Medical and sanitary report of the native army of Bengal for the year
Year: 1875
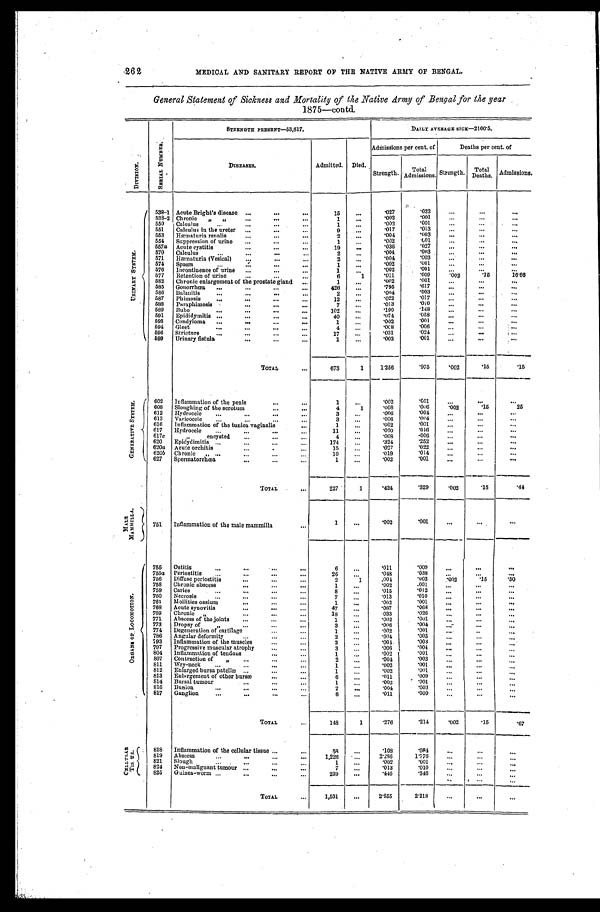
262
MEDICAL AND SANITARY REPORT OF THE NATIVE ARMY OF BENGAL.
General Statement of Sickness and Mortality of the Native Army of Bengal for the year
1875—contd.
D I V I S I O N .
SERIAL NUMBER.
STRENGTH PRESENT—53,617.
DAILY AVERAGE SICK—2160.5.
DISEASES.
Admitted. Died.
Admissions per cent. of
Deaths per cent. of
Strength.
Total
Admissions. Strength. Total
Deaths. Admissions.
U R I N A R Y S Y S T E M .
538-1 Acute Bright.s disease
...
. . .
...
15
...
.027
. 0 2 2...
...
...
538-2 Chronic „ „
. . .
. . . ...
1
. . .
.002
. 0 0 1
...
...
...
550 Calculus
...
...
. . . . . .
1
...
.002
.001
...
...
. . .
551 Calculus in the ureter
...
. . . ...
9
...
.017
. 0 1 3 . . .
...
. . .
553 Hæmaturia renalis
...
. . . . . .
2
...
.004
. 0 0 3 . . .
. . .
. . .
554 Suppression of urine
...
. . . . . .
1
...
.002
. 0 0 1 ...
...
...
557a Acute cystitis
...
. . . . . .
19
. . .
.036
. 0 2 7 . . .
. . .
. . .
570 Calculus
...
...
...
...
2
... .004
. 0 0 3 ...
...
...
571 Hæmaturia (Vesical)
...
. . .
...
2
...
.004
. 003
...
...
. . .
574 Spasm
...
. . .
. . .
...
1
...
.002
. 0 0 1 . . .
...
...
576 Incontinence of Urine ...
. . .
. . .
1
...
.002
.001
...
...
...
577 Retention of urine
...
. . .
. . .
6
1
.011
. 0 0 9 . 0 0 2
. 1 5 16.66
582 Chronic enlargement of the prostate gland ...
1
...
.002
. 0 0 1 . . .
. . .
. . .
585 Gonorrhœa ...
...
. . .
...
426
...
.795
. 6 1 7 . . .
...
...
586 Balanitis
...
...
. . .
. . .
2
...
.004
. 0 0 3 ...
...
...
587 Phimosis
...
... . . .
...
12
...
.022
. 0 1 7 ...
...
. . .
588 Paraphimosis ...
...
. . .
. . .
7
...
.013
. 0 1 0 ...
...
...
589 Bubo
...
...
. . .
. . .
102
. . .
.190
. 1 4 8 ...
...
...
591 Epididymitis ...
...
. . .
...
40
. . .
.074
.058
. . .
. . .
...
593 Condyloma ...
...
. . .
...
1
. . .
.002
. 0 0 1 . . .
...
...
594 Gleet
...
. . . . . .
. . .
4
...
. 0 0 8
. 0 0 6 ...
...
...
596 Stricture
...
...
. . .
...
17
. . .
.031
. 0 2 4 . . .
...
...
599 Urinary fistula
...
. . .
. . .
1
...
.002
. 0 0 1 . . .
...
. . .
TOTAL
...
673
1
1.256 .975
. 0 0 2
. 1 5
. 1 5
G E N E R A T I V E S Y S T E M .
602 Inflammation of the penis
. . .
...
1
...
.002
.001
... ...
. . .
608 Sloughing of the scrotum
. . .
. . .
4
1
.008
. 0 0 6 . 0 0 2
. 1 5 .25
612 Hydrocele
...
...
...
...
3
...
.006
. 0 0 4...
...
. . .
613 Varicocele
...
...
. . .
...
3
...
.006
. 0 0 4 ...
...
...
616 Inflammation of the tunica vaginalis
. . .
1
...
.002
. 0 0 1 . . .
...
. . .
617 Hydrocele
...
...
. . .
. . .
11
...
.020
. 0 1 6 . . .
...
...
617c
„ e n c y s t e d
...
. . .
. . .
4
...
.008
. 0 0 6 . . .
...
...
620 Epidydimitis ...
...
. . .
. . .
174
. . .
.324
. 2 5 2...
...
. . .
620a Acute orchitis
...
. . .
. . .
15
...
.027
. 0 2 2 . . .
...
...
620b Chronic „
...
...
. . .
. . .
10
...
.019
. 0 1 4...
. . .
. . .
627 Spermatorrhœa
...
. . .
...
1
...
.002
. 0 0 1 . . .
...
. . .
TOTAL
...
227
1
.424
. 3 2 9 . 0 0 2
. 1 5
. 4 4
M A L E
M A M M I L L A .
751 Inflammation of the male mammilla
. . .
1
. . . .002 .001
...
. . .
. . .
O R G A N S O F L O C O M O T I O N . 765 Ostitis
...
...
. . .
...
6
...
.011
. 0 0 9
...
...
...
755a Periostitis
...
...
. . .
...
26
...
.048
. 0 3 8...
...
. . .
756 Diffuse periostitis
...
. . .
...
2
1
.004
. 0 0 3
. 0 0 2
. 1 5 .50
758 Chronic abscess
...
. . .
. . .
1
...
.002
.001
. . .
...
...
759 Caries
...
. . .
...
8
...
.015
. 0 1 2 ...
...
...
760 Necrosis
...
...
. . . ...
7
...
.013
. 0 1 0...
...
...
761 Mollities ossium
...
. . .
...
1
...
.002
. 0 0 1
...
...
. . .
768 Acute synovitis
...
. . .
...
47
. . . .087
. 0 6 8
...
. . .
. . .
769 Chronic
...
. . .
...
18
...
.033
. 0 2 6...
...
. . .
771 Abscess of the joints
...
. . .
. . .
1
...
.002
. 0 0 1 . . .
...
...
773 Dropsy of „
...
. . . ...
3
. . . .006
. 0 0 4...
. . .
. . .
774 Degeneration of cartilage
. . .
...
1
...
.002
. 0 0 1 . . .
. . .
. . .
786 Angular deformity
...
. . .
. . .
2
...
.004
. 0 0 3...
...
. . .
793 Inflammation of the muscles
. . .
...
2
...
.004
. 0 0 3 . . .
. . .
. . .
797 Progressive muscular atrophy
. . .
...
3
...
.006
. 0 0 4 . . .
. . .
...
804 Inflammation of tendons
...
...
1
...
.002
. 0 0 1 ...
...
. . .
807 Contraction of „
...
...
...
2
...
.004
. 0 0 3...
...
...
811 Wry-neck
...
...
...
...
1
...
.002
. 0 0 1...
. . .
...
812 Enlarged bursa patellæ ...
...
. . .
1
...
.002
. 0 0 1...
...
. . .
813 Enlargement of other bursæ
...
...
6
...
. 0 1 1
. 0 0 9 ...
...
...
814 Bursal tumour
...
...
...
1
...
.002
. 0 0 1...
...
. . .
816 Bunion
...
...
...
. . .
2
...
.004
. 0 0 3
. . .
...
. . .
817 Ganglion
...
...
...
...
6
...
.011
. 0 0 9
...
...
...
TOTAL
...
148
1
.276
. 2 1 4
. 0 0 2 .15
.67
C E L L U L A R
T I S S U E .
818 Inflammation of the cellular tissue ...
...
58
...
.108
. 0 8 4
......
...
819 Abscess
...
...
...
...
1,226
...
2.286
1.776
......
...
821 Slough
...
...
...
...
1 ...
.002
. 0 0 1...
...
. . .
824 Non-malignant tumour ...
...
...
7
...
.013
. 0 1 0...
...
...
825 Guinea-worm ...
...
. . .
...
239
... .446
.346
...
...
. . .
TOTAL
...
1,531
...
2.855
2.218
...
...
...